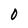
Character: 0